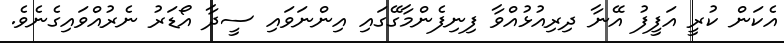
އެކަން ކުރީ އަފީފު އޭނާ ދިރިއުޅުއްވާ ފިނިފެންމާގޭގައި އިންނަވައި ސީދާ އޯޑަރު ނެރުއްވައިގެނެވެ.